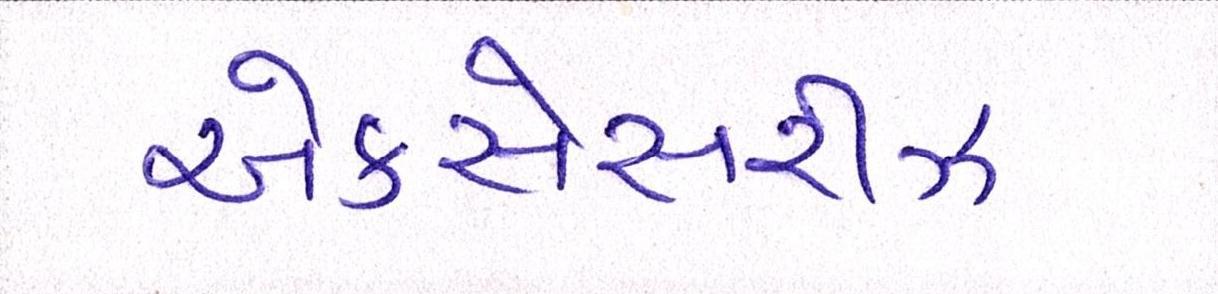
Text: એકસેસરીઝ